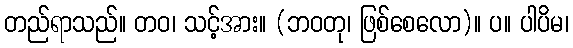
တည်ရာသည်။ တဝ၊ သင့်အား။ (ဘဝတု၊ ဖြစ်စေလော)။ ပ။ ပါပိမ၊